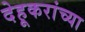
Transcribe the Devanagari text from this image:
देहूकरांच्या